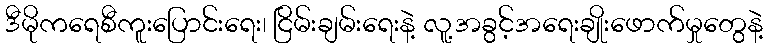
ဒီမိုကရေစီကူးပြောင်းရေး၊ ငြိမ်းချမ်းရေးနဲ့ လူ့အခွင့်အရေးချိုးဖောက်မှုတွေနဲ့